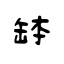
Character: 缽